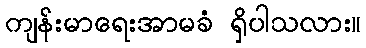
ကျန်းမာရေးအာမခံ ရှိပါသလား။